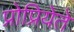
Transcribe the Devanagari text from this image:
प्रोप्रियेते